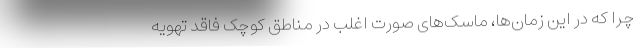
چرا که در این زمان‌ها، ماسک‌های صورت اغلب در مناطق کوچک فاقد تهویه